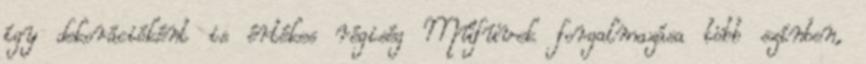
így dekorációként is értékes régiség Műfüvek forgalmazása több színben,